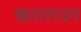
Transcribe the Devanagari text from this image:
करारापन